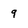
Character: 9